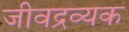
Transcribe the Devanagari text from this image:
जीवद्रव्यक